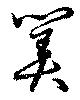
筭